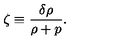
\zeta \equiv \frac { \delta \rho } { \rho + p } .